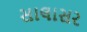
સાલાસર